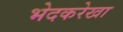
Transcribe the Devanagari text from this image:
भेदकरेखा